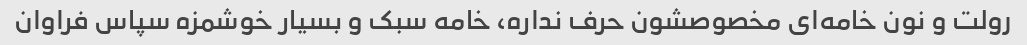
رولت و نون خامه‌ای مخصوصشون حرف نداره، خامه سبک و بسیار خوشمزه سپاس فراوان